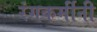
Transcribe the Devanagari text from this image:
रंगकर्मीनी